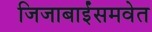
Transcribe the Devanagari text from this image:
जिजाबाईंसमवेत